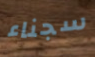
سجناء